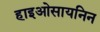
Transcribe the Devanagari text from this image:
हाइओसायनिन